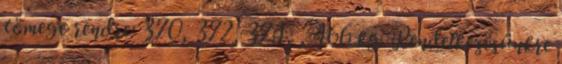
tömege rendre: 370, 372, 374, , 466 kg. Rendelkezésünkre